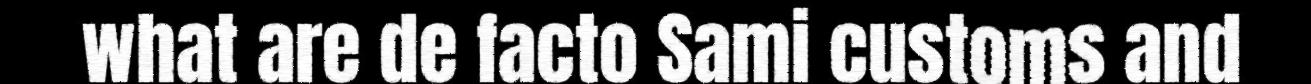
what are de facto Sami customs and